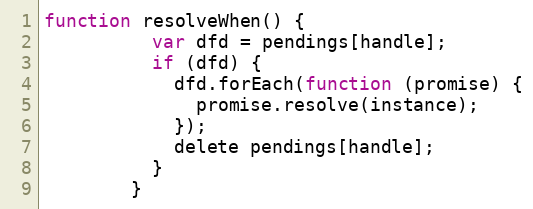
Language: JavaScript
function resolveWhen() {
          var dfd = pendings[handle];
          if (dfd) {
            dfd.forEach(function (promise) {
              promise.resolve(instance);
            });
            delete pendings[handle];
          }
        }